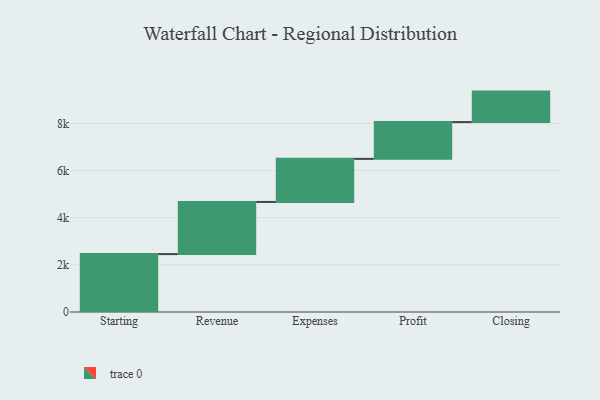
{"axis": {"x": "Step", "y": "Value"}, "legend": [""], "data": [{"x": "Starting", "y": 2456.0, "type": ""}, {"x": "Revenue", "y": 2211.0, "type": ""}, {"x": "Expenses", "y": 1827.0, "type": ""}, {"x": "Profit", "y": 1560.0, "type": ""}, {"x": "Closing", "y": 1293.0, "type": ""}]}